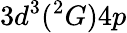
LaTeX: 3d^{3}(^{2}G)4p